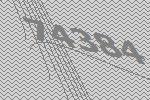
74384